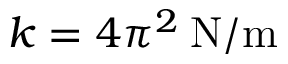
k = 4 \pi ^ { 2 } \: \mathrm { N / m }